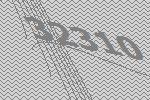
32310